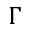
\Gamma